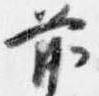
前